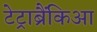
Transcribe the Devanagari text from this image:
टेट्राब्रैंकिआ